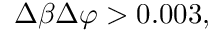
\Delta \beta \Delta \varphi > 0 . 0 0 3 ,